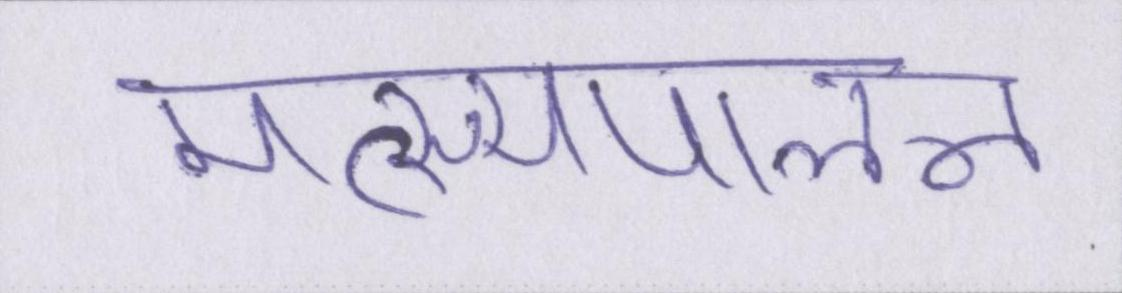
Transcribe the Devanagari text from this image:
मत्स्यपालन